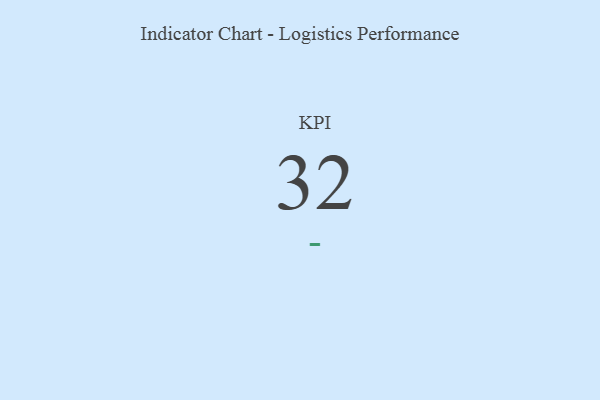
{"axis": {"x": "KPI", "y": "Value"}, "legend": [""], "data": [{"x": "KPI", "y": 32, "type": ""}]}